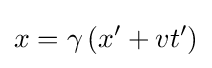
x=\gamma \left(x'+vt'\right)